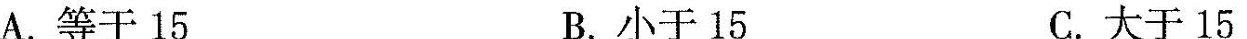
A.等于15 B.小于15 C.大于15